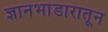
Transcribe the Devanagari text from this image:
ज्ञानभांडारातून